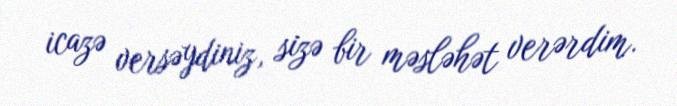
icazə versəydiniz, sizə bir məsləhət verərdim.